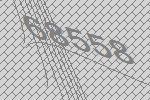
68558